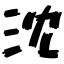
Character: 沈